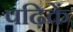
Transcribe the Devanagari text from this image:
पढ़िकें